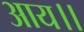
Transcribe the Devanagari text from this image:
आय।।